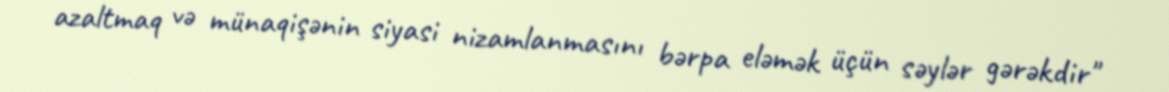
azaltmaq və münaqişənin siyasi nizamlanmasını bərpa eləmək üçün səylər gərəkdir"